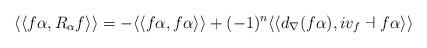
LaTeX: \begin{align*}\langle\langle f\alpha, R_{\alpha} f\rangle\rangle= -\langle \langle f \alpha, f \alpha\rangle\rangle+ (-1)^{n} \langle\langle d_{\nabla} (f \alpha), i v_{f} \dashv f \alpha \rangle \rangle \end{align*}